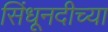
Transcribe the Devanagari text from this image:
सिंधूनदीच्या